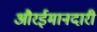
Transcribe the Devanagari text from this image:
औरईमानदारी